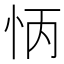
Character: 怲